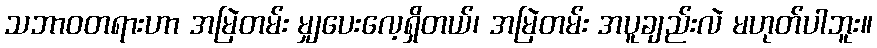
သဘာဝတရားဟာ အမြဲတမ်း မျှပေးလေ့ရှိတယ်၊ အမြဲတမ်း အပူချည်းလဲ မဟုတ်ပါဘူး။